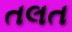
તલત